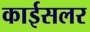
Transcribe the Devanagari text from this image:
काईसलर